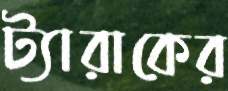
ট্যারাকের